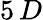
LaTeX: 5\, D